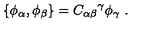
\{ \phi _ { \alpha } , \phi _ { \beta } \} = { C _ { \alpha \beta } } ^ { \gamma } \phi _ { \gamma } \ .